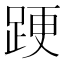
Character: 𨁈